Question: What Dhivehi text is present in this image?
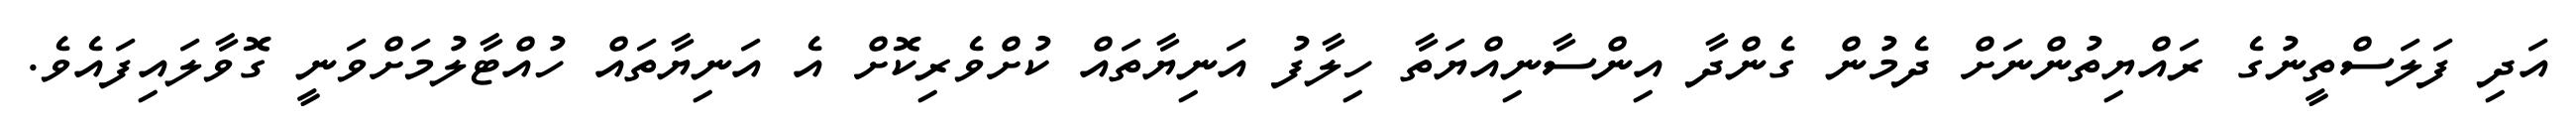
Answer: އަދި ފަލަސްތީނުގެ ރައްޔިތުންނަށް ދެމުން ގެންދާ އިންސާނިއްޔަތާ ހިލާފު އަނިޔާތައް ކުށްވެރިކޮށް އެ އަނިޔާތައް ހުއްޓާލުމަށްވަނީ ގޮވާލައިފައެވެ.